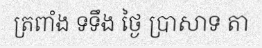
ត្រពាំង ទទឹង ថ្ងៃ ប្រាសាទ តា